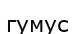
гумус